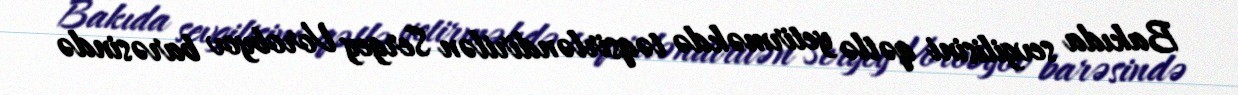
Bakıda sevgilisini qətlə yetirməkdə təqsirləndirilən Sergey Vorobyov barəsində